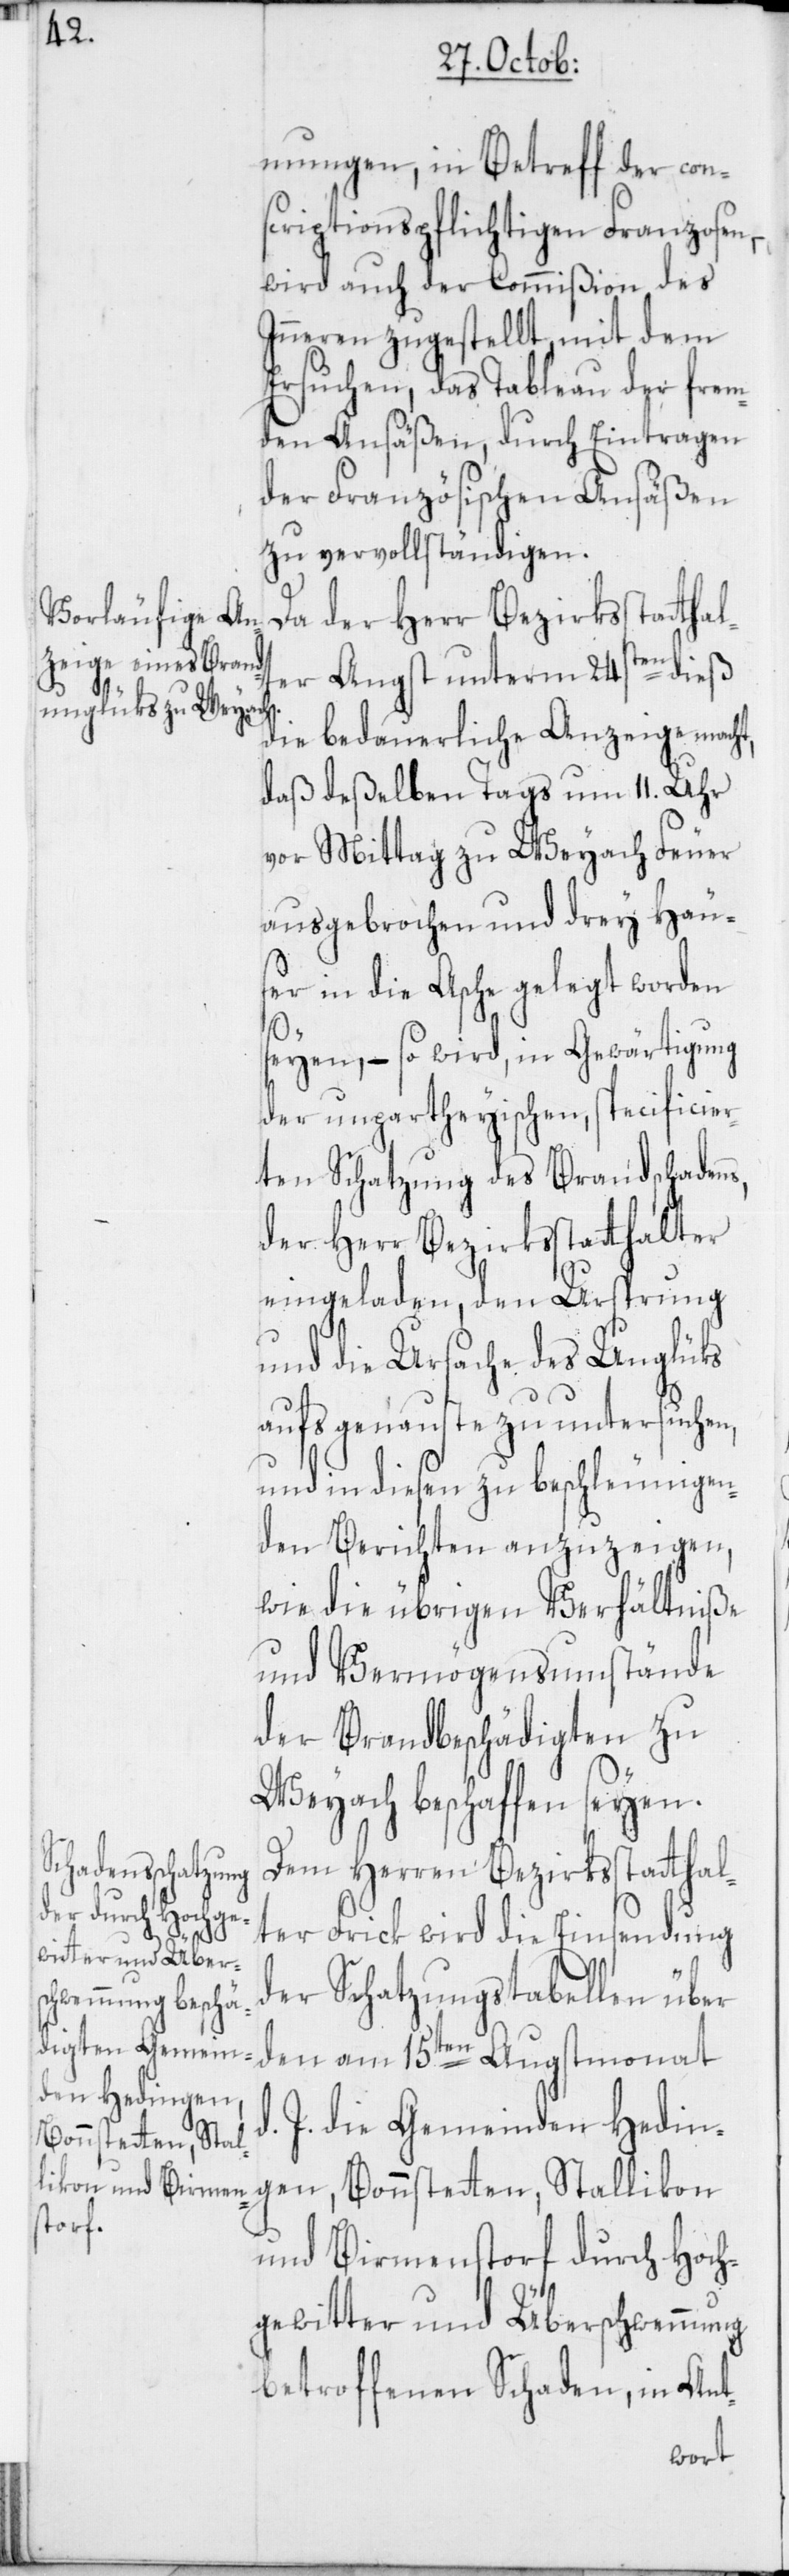
mungen, in Betreff der con¬
scriptionspflichtigen Franzosen,
wird auch der Commißion des
Inneren zugestellt, mit dem
Ersuchen, das Tableau der frem¬
den Ansäßen, durch Eintragen
der Französischen Ansäßen
zu vervollständigen.
Da der Herr Bezirksstattha¬
lter Angst unterm 24sten dieß
die bedauerliche Anzeige macht,
daß deßelben Tags um 11. Uhr
vor Mittag zu Weyach Feuer
ausgebrochen und drey Häu¬
ser in die Asche gelegt worden
seyen, – so wird, in Gewärtigung
der unpartheyischen, specificier¬
ten Schatzung des Brandschaden¬
der Herr Bezirksstatthalter
eingeladen, den Ursprung
und die Ursache des Unglüks
aufs genauste zu untersuchen,
und in diesen zu beschleunigen¬
den Berichten anzuzeigen,
wie die übrigen Verhältniße
und Vermögensumstände
der Brandbeschädigten zu
Weyach beschaffen seyen.
Dem Herren Bezirksstatthal¬
d.
ter Frick wird die Einsendung
der Schatzungstabellen über
den am 15ten Augstmonat
J. die Gemeinden Hedin¬
gen, Bonstetten, Stallikon
und Birmenstorf durch Hoch¬
gewitter und Überschwemmung
betroffenen Schaden, in Ant-